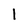
Character: 1